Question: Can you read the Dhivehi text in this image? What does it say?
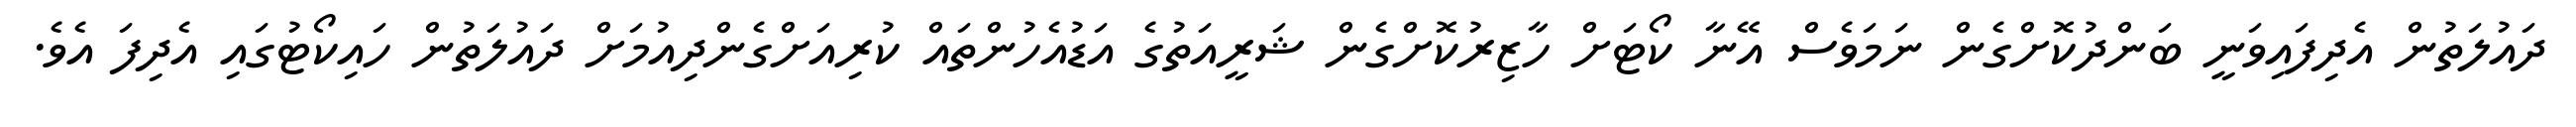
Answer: ދައުލަތުން އެދިފައިވަނީ ބަންދުކޮށްގެން ނަމަވެސް އޭނާ ކޯޓަށް ހާޒިރުކޮށްގެން ޝަރީއަތުގެ އަޑުއެހުންތައް ކުރިއަށްގެންދިއުމަށް ދައުލަތުން ހައިކޯޓުގައި އެދިފަ އެވެ.